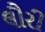
લૌરી